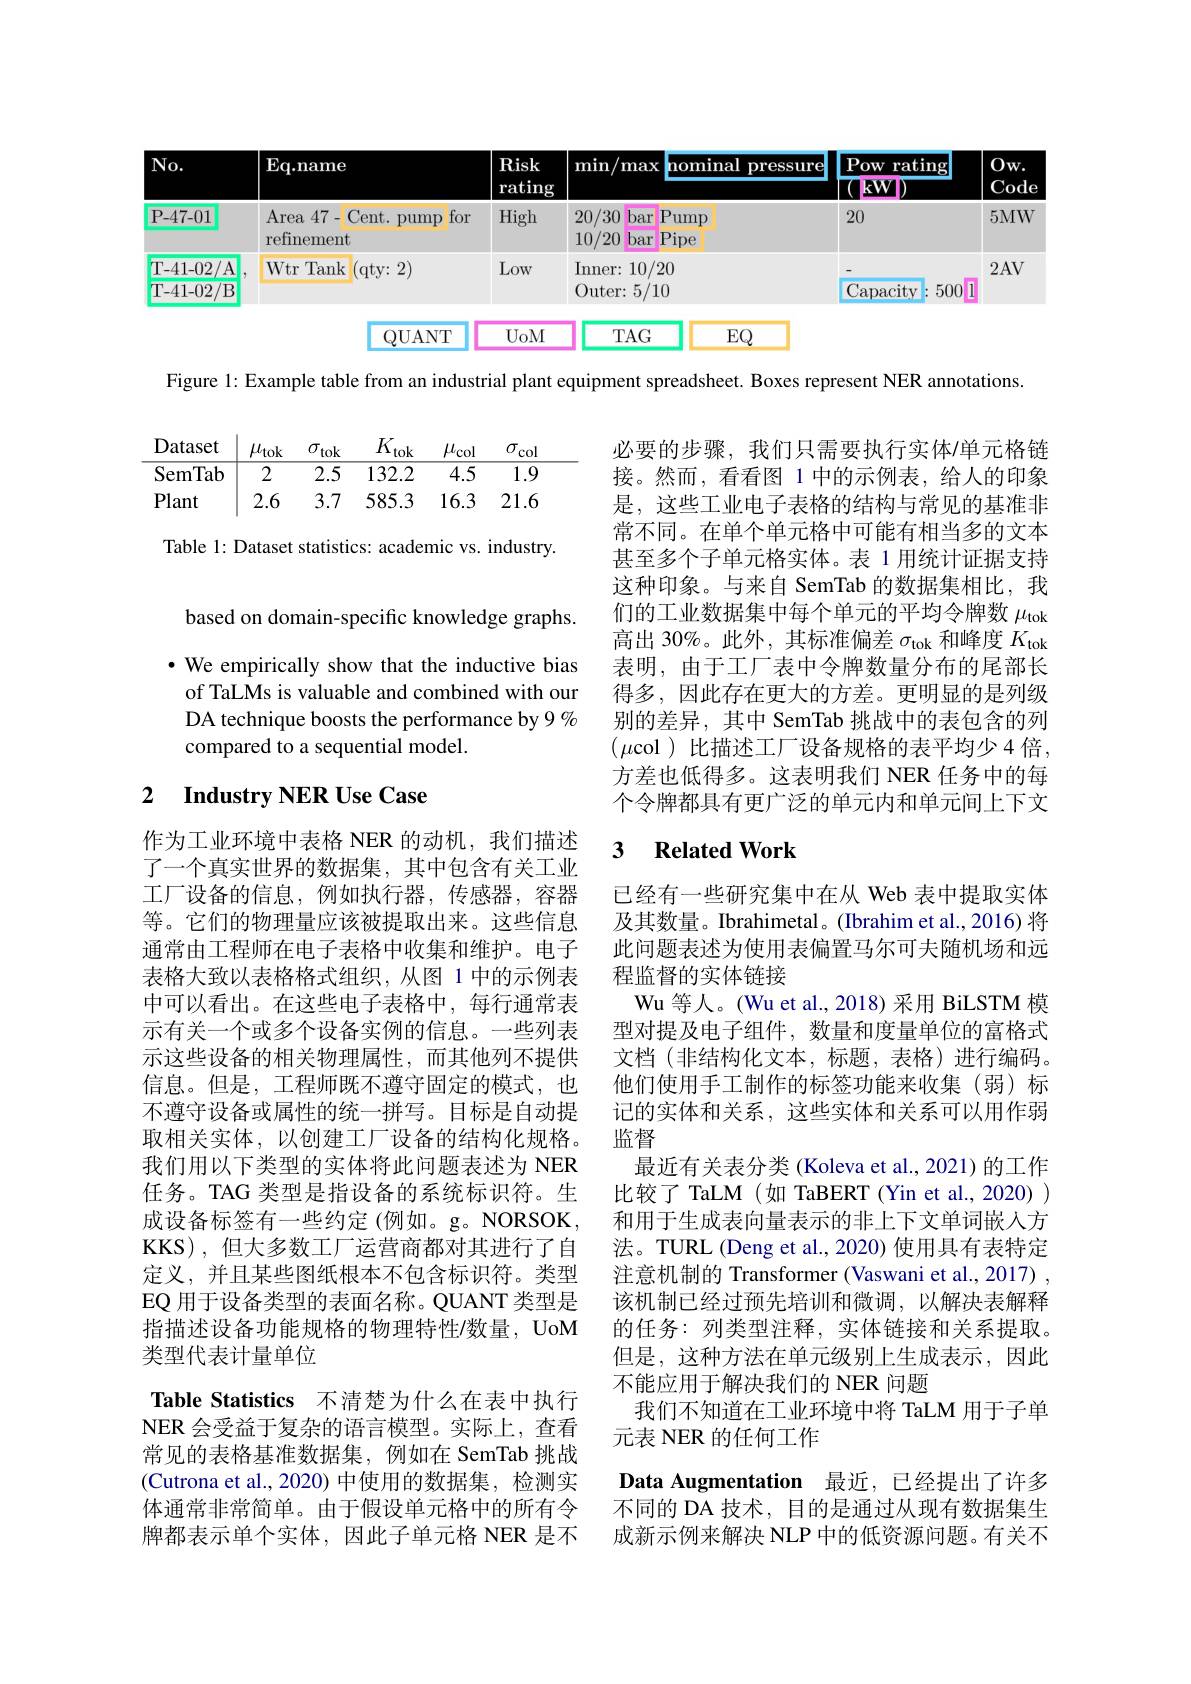
<FigureHere>

Figure 1: Example table from an industrial plant equipment spreadsheet. Boxes represent NER annotations.

Table 1: Dataset statistics: academic vs. industry.

必要的步骤，我们只需要执行实体/单元格链接。然而，看看图 1 中的示例表，给人的印象是，这些工业电子表格的结构与常见的基准非常不同。在单个单元格中可能有相当多的文本甚至多个子单元格实体。表 1 用统计证据支持这种印象。与来自 SemTab 的数据集相比，我们的工业数据集中每个单元的平均令牌数$\mu_\mathrm{tok}$ 高出 30%。此外，其标准偏差$\sigma_\mathrm{tok}$和峰度$K_\mathrm{tok}$ 表明，由于工厂表中令牌数量分布的尾部长得多，因此存在更大的方差。更明显的是列级别的差异，其中 SemTab 挑战中的表包含的列$(\mu$col )比描述工厂设备规格的表平均少4倍， 方差也低得多。这表明我们 NER 任务中的每个令牌都具有更广泛的单元内和单元间上下文

based on domain-specific knowledge graphs. $\cdot$ We empirically show that the inductive bias of TaLMs is valuable and combined with our DA technique boosts the performance by 9 % compared to a sequential model.

## 2 $\textbf{Industry NER Use Case}$

### 3 $\textbf{Related Work}$

已经有一些研究集中在从 Web 表中提取实体及其数量。Ibrahimetal。(Ibrahim et al.,2016) 将此问题表述为使用表偏置马尔可夫随机场和远程监督的实体链接
Wu 等人。(Wu et al., 2018) 采用 BiLSTM 模型对提及电子组件，数量和度量单位的富格式文档(非结构化文本，标题，表格)进行编码。他们使用手工制作的标签功能来收集(弱)标记的实体和关系，这些实体和关系可以用作弱监督
最近有关表分类 (Koleva et al.,2021)的工作比较了 TaLM(如 TaBERT(Yin et al., 2020) ) 和用于生成表向量表示的非上下文单词嵌入方法。TURL (Deng et al., 2020) 使用具有表特定注意机制的 Transformer (Vaswani et al., 2017) , 该机制已经过预先培训和微调，以解决表解释的任务：列类型注释，实体链接和关系提取。但是，这种方法在单元级别上生成表示，因此不能应用于解决我们的 NER 问题
我们不知道在工业环境中将 TaLM 用于子单
元表 NER 的任何工作

作为工业环境中表格 NER 的动机，我们描述了一个真实世界的数据集，其中包含有关工业工厂设备的信息，例如执行器，传感器，容器等。它们的物理量应该被提取出来。这些信息通常由工程师在电子表格中收集和维护。电子表格大致以表格格式组织，从图 1 中的示例表中可以看出。在这些电子表格中，每行通常表示有关一个或多个设备实例的信息。一些列表示这些设备的相关物理属性，而其他列不提供信息。但是，工程师既不遵守固定的模式，也不遵守设备或属性的统一拼写。目标是自动提取相关实体，以创建工厂设备的结构化规格。我们用以下类型的实体将此问题表述为 NER 任务。TAG 类型是指设备的系统标识符。生成设备标签有一些约定(例如。g。NORSOK, KKS),但大多数工厂运营商都对其进行了自定义，并且某些图纸根本不包含标识符。类型EQ 用于设备类型的表面名称。QUANT 类型是指描述设备功能规格的物理特性/数量，UoM 类型代表计量单位
Table Statistics 不清楚为什么在表中执行NER 会受益于复杂的语言模型。实际上，查看常见的表格基准数据集，例如在 SemTab 挑战(Cutrona et al., 2020) 中使用的数据集，检测实体通常非常简单。由于假设单元格中的所有令牌都表示单个实体，因此子单元格 NER 是不

Data Augmentation 最近，已经提出了许多不同的 DA 技术，目的是通过从现有数据集生成新示例来解决 NLP 中的低资源问题。有关不